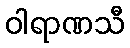
ဝါရာဏသီ